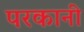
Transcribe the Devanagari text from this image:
परकानी